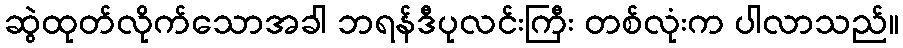
ဆွဲထုတ်လိုက်သောအခါ ဘရန်ဒီပုလင်းကြီး တစ်လုံးက ပါလာသည်။